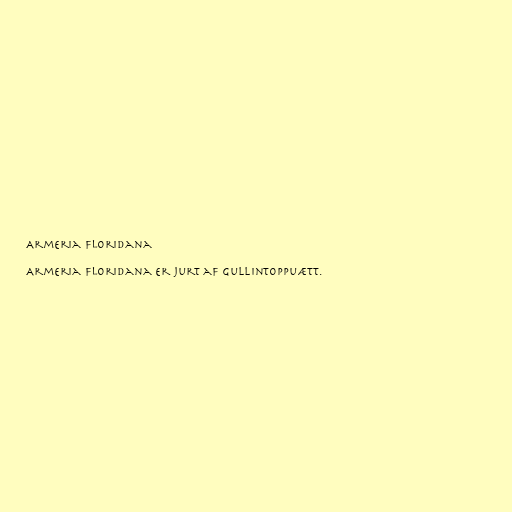
Armeria floridana

Armeria floridana er jurt af gullintoppuætt.